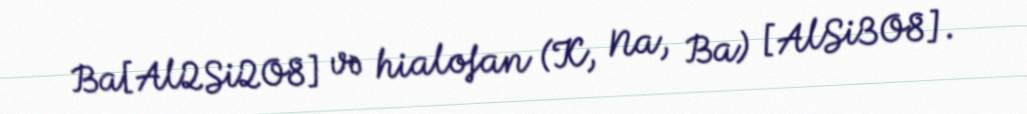
Ba[Al2Si2O8] və hialofan (K, Na, Ba) [AlSi3O8].